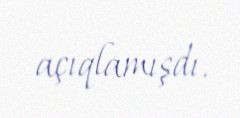
açıqlamışdı.